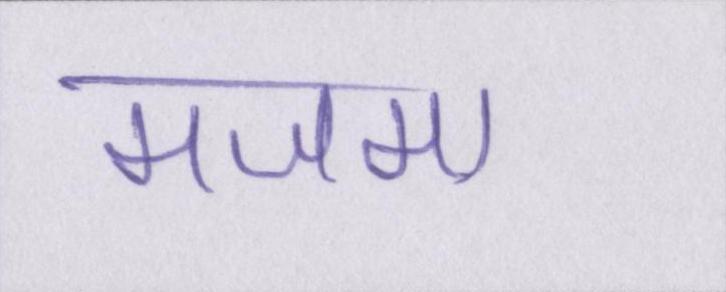
मजमा